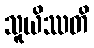
သူယိဿတိ